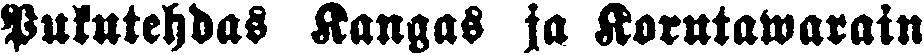
Pukutehdas Kangas ja Korutawarain